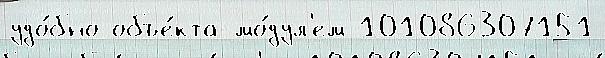
удо́бно объе́кта мо́дул'ем 101086307151